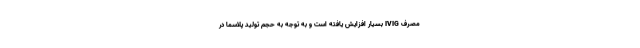
مصرف IVIG بسیار افزایش یافته است و به توجه به حجم تولید پلاسما در